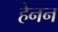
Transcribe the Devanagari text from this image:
हेनन